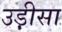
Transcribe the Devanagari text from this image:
उड़़ीसा